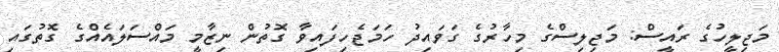
މަޖިލީހުގެ ރައީސް: މަޖިލިސްގެ މިހާރުގެ ގަވައިދު ހަމަޖެހިފައިވާ ގޮތުން ނިޒާމީ މައްސަލައެއްގެ ގޮތުގައި